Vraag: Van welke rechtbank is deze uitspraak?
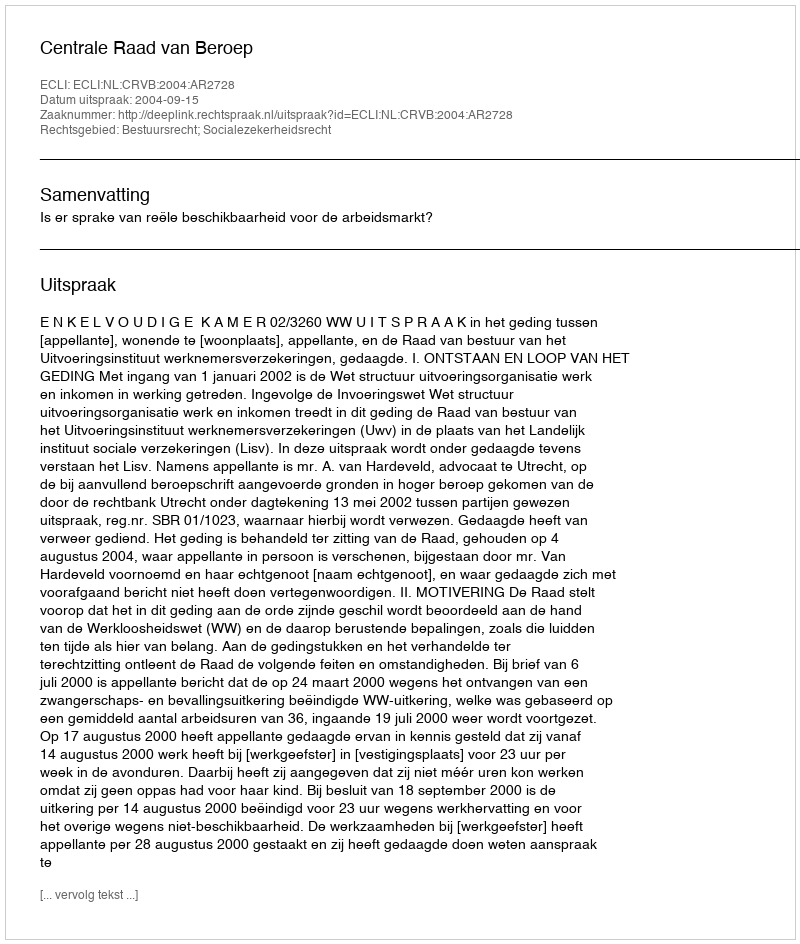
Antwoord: Centrale Raad van Beroep